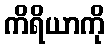
ကိရိယာကို